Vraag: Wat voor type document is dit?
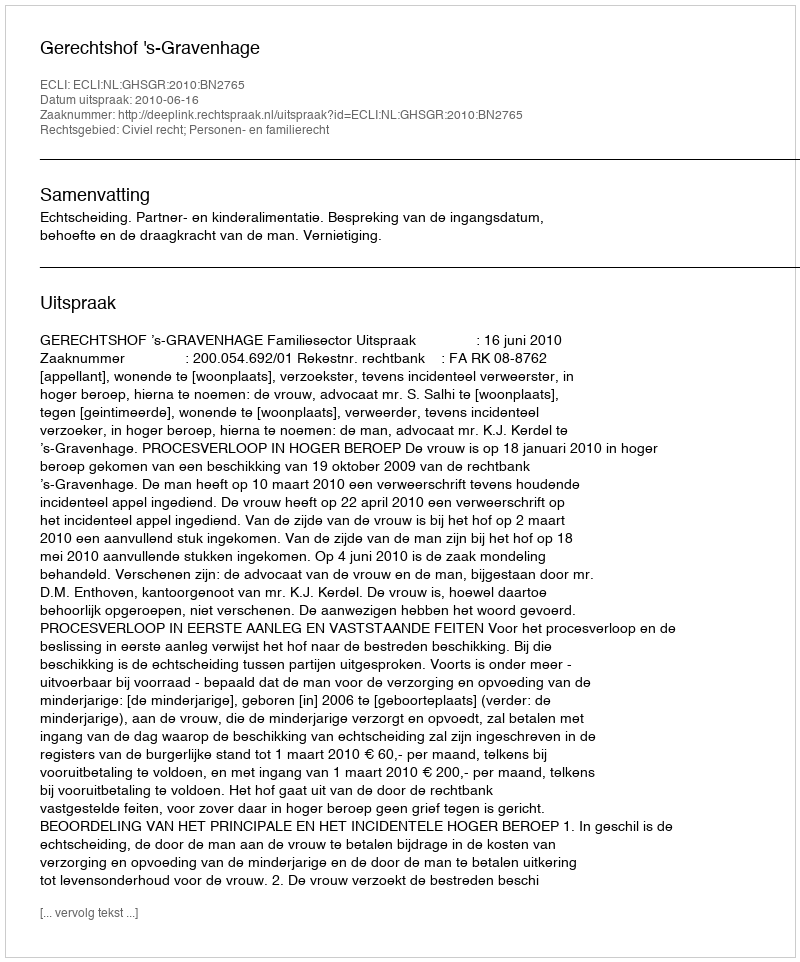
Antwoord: Uitspraak